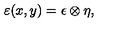
{ \varepsilon ( x , y ) = \epsilon \otimes \eta , }